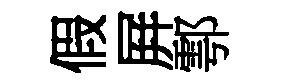
假屛鄠